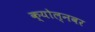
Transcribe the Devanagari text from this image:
क्योल्नवर